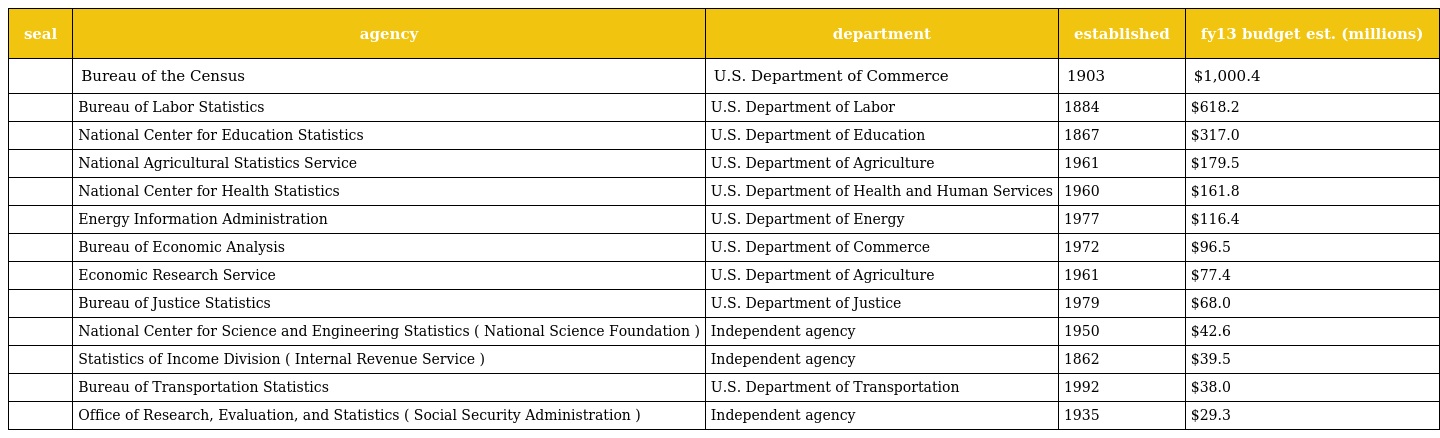
| seal | agency | department | established | fy13 budget est. (millions) |
 | --- | --- | --- | --- | --- |
 |  | Bureau of the Census | U.S. Department of Commerce | 1903 | $1,000.4 |
 |  | Bureau of Labor Statistics | U.S. Department of Labor | 1884 | $618.2 |
 |  | National Center for Education Statistics | U.S. Department of Education | 1867 | $317.0 |
 |  | National Agricultural Statistics Service | U.S. Department of Agriculture | 1961 | $179.5 |
 |  | National Center for Health Statistics | U.S. Department of Health and Human Services | 1960 | $161.8 |
 |  | Energy Information Administration | U.S. Department of Energy | 1977 | $116.4 |
 |  | Bureau of Economic Analysis | U.S. Department of Commerce | 1972 | $96.5 |
 |  | Economic Research Service | U.S. Department of Agriculture | 1961 | $77.4 |
 |  | Bureau of Justice Statistics | U.S. Department of Justice | 1979 | $68.0 |
 |  | National Center for Science and Engineering Statistics ( National Science Foundation ) | Independent agency | 1950 | $42.6 |
 |  | Statistics of Income Division ( Internal Revenue Service ) | Independent agency | 1862 | $39.5 |
 |  | Bureau of Transportation Statistics | U.S. Department of Transportation | 1992 | $38.0 |
 |  | Office of Research, Evaluation, and Statistics ( Social Security Administration ) | Independent agency | 1935 | $29.3 |